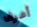
أعرف